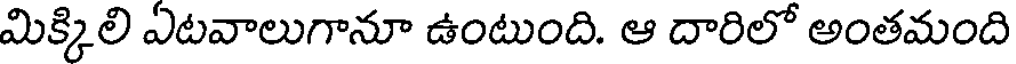
మిక్కిలి ఏటవాలుగానూ ఉంటుంది. ఆ దారిలో అంతమంది